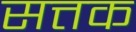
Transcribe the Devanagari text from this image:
सत्तक